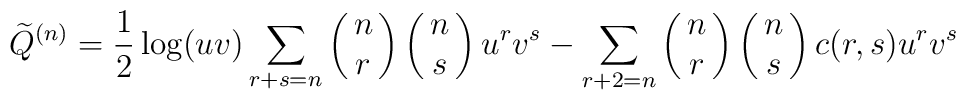
{\widetilde Q}^{(n)} = \frac{1}{2} \log(uv) \sum_{r+s=n}\pmatrix{n\cr r} \pmatrix{n\cr s} u^r v^s-\sum_{r+2=n} \pmatrix{n \cr r} \pmatrix{n \cr s} c(r,s) u^r v^s